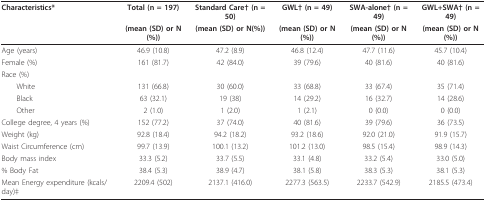
| Characteristics* | Total (n = 197) | Standard Care† (n = 50) | GWL† (n = 49) | SWA-alone† (n = 49) | GWL+SWA† (n = 49) |
 |  | (mean (SD) or N(%)) | (mean (SD) or N(%)) | (mean (SD) or N(%)) | (mean (SD) or N(%)) | (mean (SD) or N(%)) |
 | --- | --- | --- | --- | --- | --- |
 | Age (years) | 46.9 (10.8) | 47.2 (8.9) | 46.8 (12.4) | 47.7 (11.6) | 45.7 (10.4) |
 | Female (%) | 161 (81.7) | 42 (84.0) | 39 (79.6) | 40 (81.6) | 40 (81.6) |
 | Race (%) |  |  |  |  |  |
 | White | 131 (66.8) | 30 (60.0) | 33 (68.8) | 33 (67.4) | 35 (71.4) |
 | Black | 63 (32.1) | 19 (38) | 14 (29.2) | 16 (32.7) | 14 (28.6) |
 | Other | 2 (1.0) | 1 (2.0) | 1 (2.1) | 0 (0.0) | 0 (0.0) |
 | College degree, 4 years (%) | 152 (77.2) | 37 (74.0) | 40 (81.6) | 39 (79.6) | 36 (73.5) |
 | Weight (kg) | 92.8 (18.4) | 94.2 (18.2) | 93.2 (18.6) | 92.0 (21.0) | 91.9 (15.7) |
 | Waist Circumference (cm) | 99.7 (13.9) | 100.1 (13.2) | 101.2 (13.0) | 98.5 (15.4) | 98.9 (14.3) |
 | Body mass index | 33.3 (5.2) | 33.7 (5.5) | 33.1 (4.8) | 33.2 (5.4) | 33.0 (5.0) |
 | % Body Fat | 38.4 (5.3) | 38.9 (4.7) | 38.1 (5.8) | 38.3 (5.3) | 38.1 (5.3) |
 | Mean Energy expenditure (kcals/day)‡ | 2209.4 (502) | 2137.1 (416.0) | 2277.3 (563.5) | 2233.7 (542.9) | 2185.5 (473.4) |